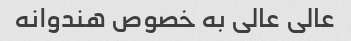
عالی عالی به خصوص هندوانه